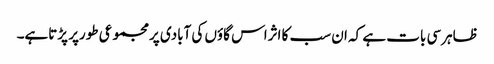
ظاہرسی بات ہے کہ ان سب کا اثراس گاؤں کی آبادی پرمجموعی طورپر پڑتاہے۔